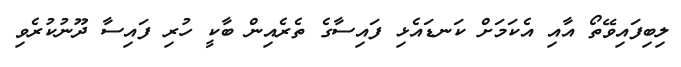
ލިބިފައިވޭތޯ އާއި އެކަމަށް ކަނޑައެޅި ފައިސާގެ ތެރެއިން ބާކީ ހުރި ފައިސާ ދޫނުކުރެވި